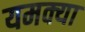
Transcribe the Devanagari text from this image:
यमक्या